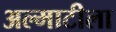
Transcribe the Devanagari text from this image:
अल्माटीला